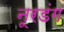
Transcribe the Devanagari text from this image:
नूरडंग